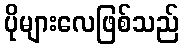
ပိုများလေဖြစ်သည်